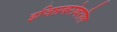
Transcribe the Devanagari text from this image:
इजिप्तबरोबरील